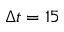
\Delta t = 1 5